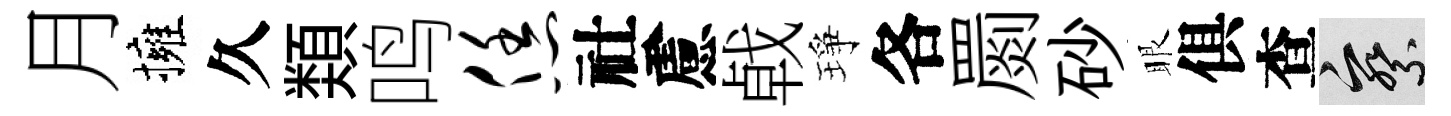
月擁久𩔖鸣恁社慮㦸琤各罽砂眼俱查察